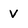
Character: V